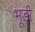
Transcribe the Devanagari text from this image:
भूड़ी